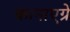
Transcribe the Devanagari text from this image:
कानाएग्रे